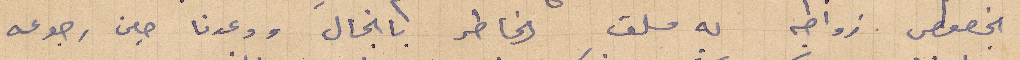
بخصوص زواجه به ملف الخاطر بانجال ووعدنا حين رجوعه